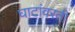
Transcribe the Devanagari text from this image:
घाटांवरती